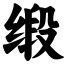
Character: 缎